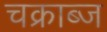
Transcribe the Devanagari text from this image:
चक्राब्ज